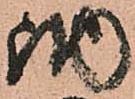
納